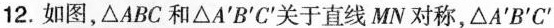
12.如图，△ABC和△A'B'C'关于直线MN对称，△A'B'C'